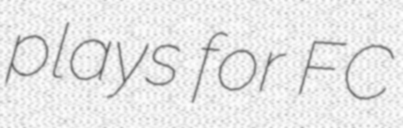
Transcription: plays for FC